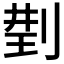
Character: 𠝆